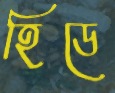
হিডে